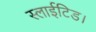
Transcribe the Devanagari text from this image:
स्लाईटिड।